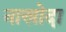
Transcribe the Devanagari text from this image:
नाखोदा